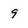
Character: 9